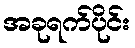
အခုရက်ပိုင်း